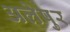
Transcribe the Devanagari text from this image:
अलेपुर